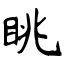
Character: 眺